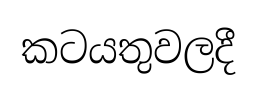
කටයතුවලදී